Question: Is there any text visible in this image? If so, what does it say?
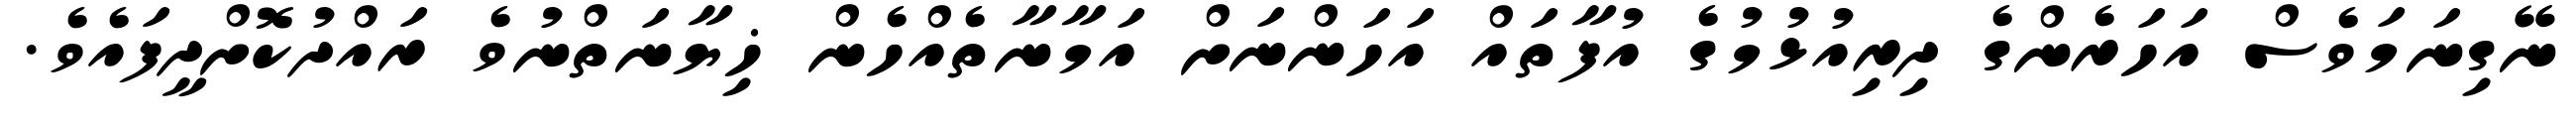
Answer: ނޭގިނަމަވެސް އަހަރެންގެ ދިރިއުޅުމުގެ އުފާތައް އަހަންނަށް އަމާނާތެއްހެން ޚިޔާނަތްނުވެ ރައްދުކޮށްދީފައެވެ.